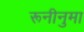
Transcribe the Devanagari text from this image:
रूनीनुमा